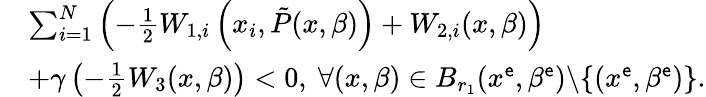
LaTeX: \begin{array}{rl}&{\sum_{i=1}^{N}\left(-\frac{1}{2}W_{1,i}\left(x_{i},\tilde{P}(x,\beta)\right)+W_{2,i}(x,\beta)\right)}\\ &{+\gamma\left(-\frac{1}{2}W_{3}(x,\beta)\right)<0,\ \forall(x,\beta)\in B_{r_{1}}(x^{\sf e},\beta^{\sf e})\backslash\{ (x^{\sf e},\beta^{\sf e})\} .}\end{array}